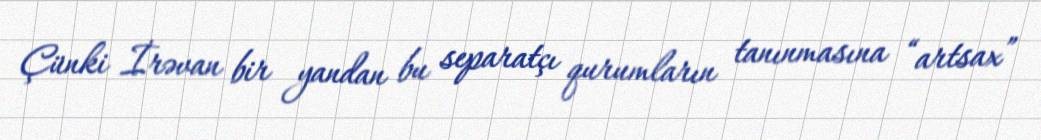
Çünki İrəvan bir yandan bu separatçı qurumların tanınmasına “artsax”